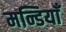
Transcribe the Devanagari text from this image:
मन्डियाँ